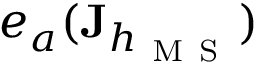
e _ { a } ( \mathbf { J } _ { h _ { \mathrm { ~ M ~ S ~ } } } )